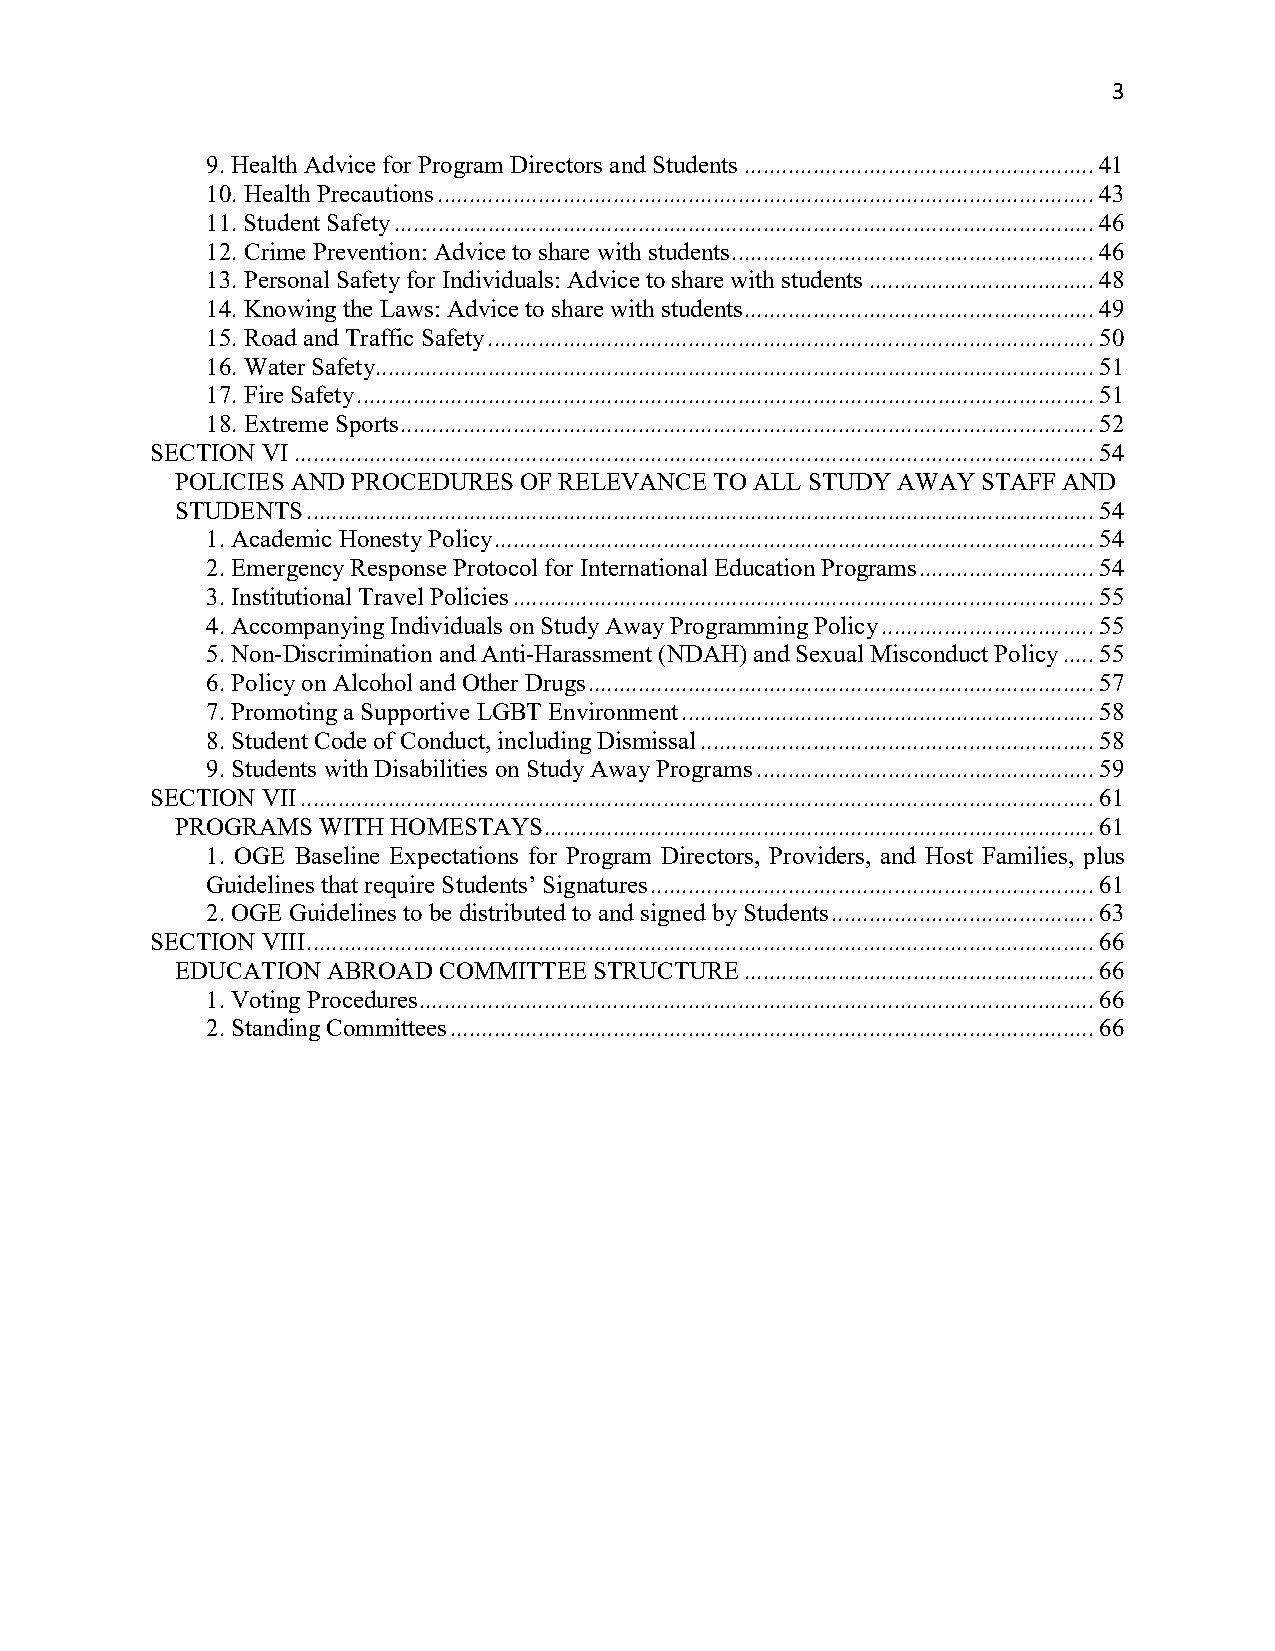
3
 9. Health Advice for Program Directors and Students ........................................................ 41
 10. Health Precautions ......................................................................................................... 43
 11. Student Safety ................................................................................................................ 46
 12. Crime Prevention: Advice to share with students .......................................................... 46
 13. Personal Safety for Individuals: Advice to share with students .................................... 48
 14. Knowing the Laws: Advice to share with students ........................................................ 49
 15. Road and Traffic Safety ................................................................................................. 50
 16. Water Safety................................................................................................................... 51
 17. Fire Safety ...................................................................................................................... 51
 18. Extreme Sports ............................................................................................................... 52
 SECTION VI ................................................................................................................................ 54
 POLICIES AND PROCEDURES OF RELEVANCE TO ALL STUDY AWAY STAFF AND
 STUDENTS .............................................................................................................................. 54
 1. Academic Honesty Policy ................................................................................................ 54
 2. Emergency Response Protocol for International Education Programs ............................ 54
 3. Institutional Travel Policies ............................................................................................. 55
 4. Accompanying Individuals on Study Away Programming Policy .................................. 55
 5. Non-Discrimination and Anti-Harassment (NDAH) and Sexual Misconduct Policy ..... 55
 6. Policy on Alcohol and Other Drugs ................................................................................. 57
 7. Promoting a Supportive LGBT Environment .................................................................. 58
 8. Student Code of Conduct, including Dismissal ............................................................... 58
 9. Students with Disabilities on Study Away Programs ...................................................... 59
 SECTION VII ............................................................................................................................... 61
 PROGRAMS WITH HOMESTAYS ........................................................................................ 61
 1. OGE Baseline Expectations for Program Directors, Providers, and Host Families, plus
 Guidelines that require Students’ Signatures ....................................................................... 61
 2. OGE Guidelines to be distributed to and signed by Students .......................................... 63
 SECTION VIII .............................................................................................................................. 66
 EDUCATION ABROAD COMMITTEE STRUCTURE ........................................................ 66
 1. Voting Procedures ............................................................................................................ 66
 2. Standing Committees ....................................................................................................... 66